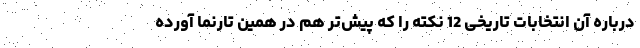
درباره آن انتخابات تاریخی 12 نکته را که پیش‌تر هم در همین تارنما آورده